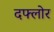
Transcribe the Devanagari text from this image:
दफ्लोर